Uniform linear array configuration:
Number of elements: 24
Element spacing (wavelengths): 0.5
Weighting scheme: cosine
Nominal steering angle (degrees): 45
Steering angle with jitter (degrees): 44.822
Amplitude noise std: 0.05
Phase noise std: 0.05

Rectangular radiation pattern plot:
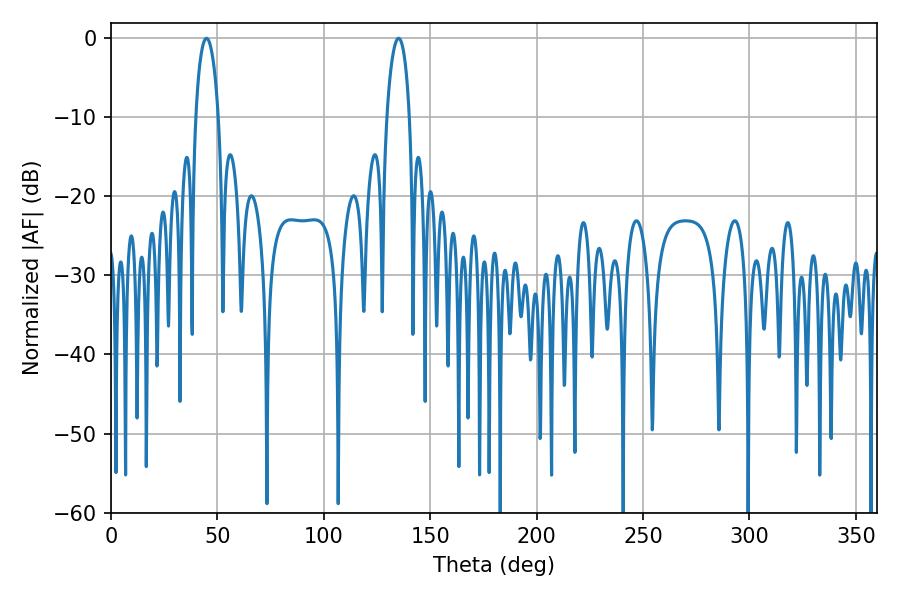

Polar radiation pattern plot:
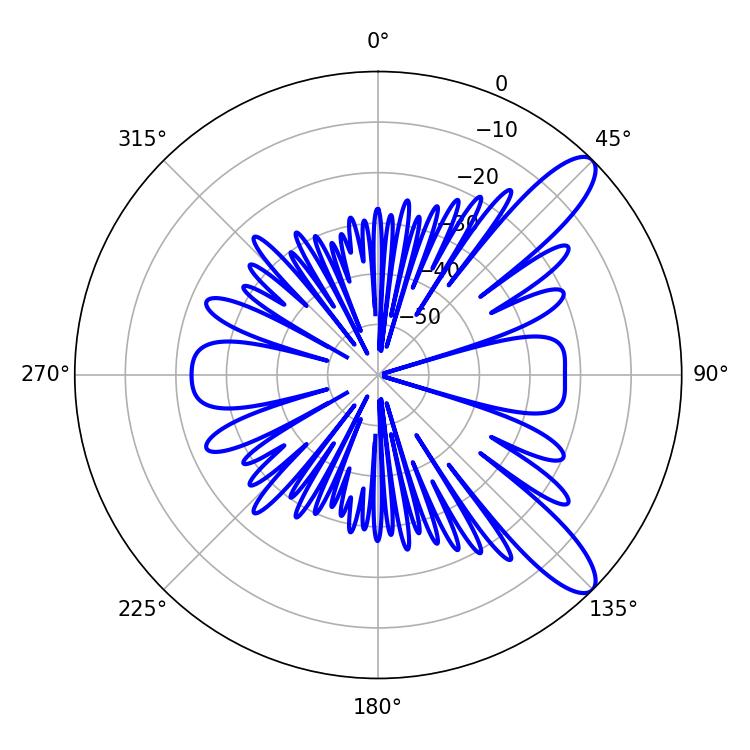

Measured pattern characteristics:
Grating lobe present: FALSE
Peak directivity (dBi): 10.837
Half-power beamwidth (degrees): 6.12
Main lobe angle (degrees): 44.82